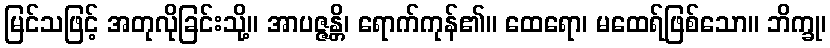
မြင်သဖြင့် အတုလိုခြင်းသို့။ အာပဇ္ဇန္တိ၊ ရောက်ကုန်၏။ ထေရော၊ မထေရ်ဖြစ်သော။ ဘိက္ခု၊